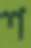
শ